Annual report on the lock hospitals of the Madras Presidency
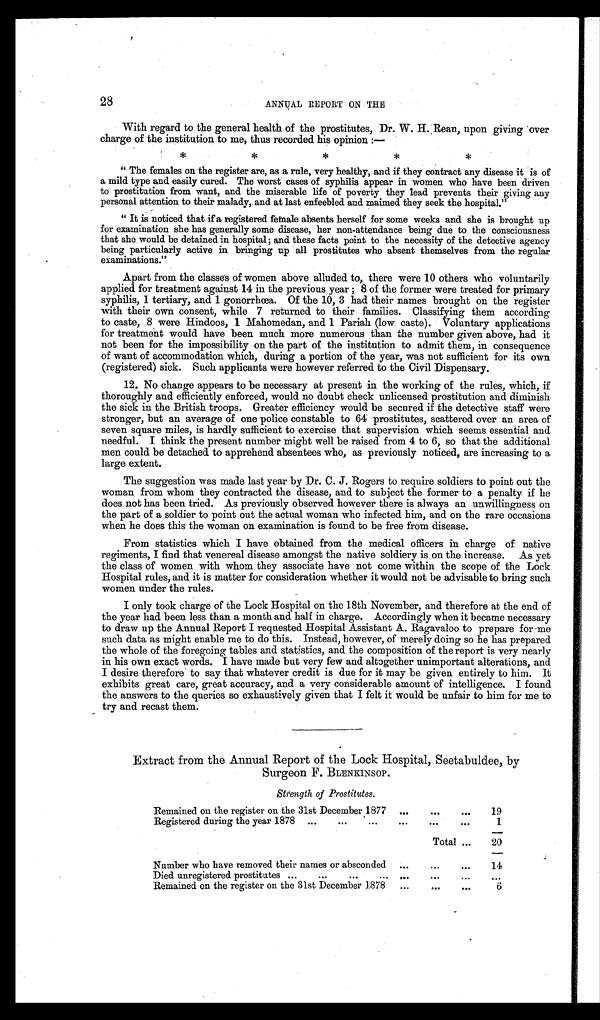
28
ANNUAL REPORT ON THE
With regard to the general health of the prostitutes, Dr. W. H. Rean, upon giving over
charge of the institution to me, thus recorded his opinion:—
*
*
*
*
*
" The females on the register are, as a rule, very healthy, and if they contract any disease it is of
a mild type and easily cured. The worst cases of syphilis appear in women who have been driven
to prostitution from want, and the miserable life of poverty they lead prevents their giving any
personal attention to their malady, and at last enfeebled and maimed they seek the hospital."
" It is noticed that if a registered female absents herself for some weeks and she is brought up
for examination she has generally some disease, her non-attendance being due to the consciousness
that she would be detained in hospital; and these facts point to the necessity of the detective agency
being particularly active in bringing up all prostitutes who absent themselves from the regular
examinations."
Apart from the classes of women above alluded to, there were 10 others who voluntarily
applied for treatment against 14 in the previous year ; 8 of the former were treated for primary
syphilis, 1 tertiary, and 1 gonorrhœa. Of the 10, 3 had their names brought on the register
with their own consent, while 7 returned to their families. Classifying them according
to caste, 8 were Hindoos, 1 Mahomedan, and 1 Pariah (low caste). Voluntary applications
for treatment would have been much more numerous than the number given above, had it
not been for the impossibility on the part of the institution to admit them, in consequence
of want of accommodation which, during a portion of the year, was not sufficient for its own
(registered) sick. Such applicants were however referred to the Civil Dispensary.
12. No change appears to be necessary at present in the working of the rules, which, if
thoroughly and efficiently enforced, would no doubt check unlicensed prostitution and diminish
the sick in the British troops. Greater efficiency would be secured if the detective staff were
stronger, but an average of one police constable to 64 prostitutes, scattered over an area of
seven square miles, is hardly sufficient to exercise that supervision which seems essential and
needful. I think the present number might well be raised from 4 to 6, so that the additional
men could be detached to apprehend absentees who, as previously noticed, are increasing to a
large extent.
The suggestion was made last year by Dr. C. J. Rogers to require soldiers to point out the
woman from whom they contracted the disease, and to subject the former to a penalty if he
does not has been tried. As previously observed however there is always an unwillingness on
the part of a soldier to point out the actual woman who infected him, and on the rare occasions
when he does this the woman on examination is found to be free from disease.
From statistics which I have obtained from the medical officers in charge of native
regiments, I find that venereal disease amongst the native soldiery is on the increase. As yet
the class of women with whom they associate have not come within the scope of the Lock
Hospital rules, and it is matter for consideration whether it would not be advisable to bring such
women under the rules.
I only took charge of the Lock Hospital on the 18th November, and therefore at the end of
the year had been less than a month and half in charge. Accordingly when it became necessary
to draw up the Annual Report I requested Hospital Assistant A. Ragavaloo to prepare for me
such data as might enable me to do this. Instead, however, of merely doing so he has prepared
the whole of the foregoing tables and statistics, and the composition of the report is very nearly
in his own exact words. I have made but very few and altogether unimportant alterations, and
I desire therefore to say that whatever credit is due for it may be given entirely to him. It
exhibits great care, great accuracy, and a very considerable amount of intelligence. I found
the answers to the queries so exhaustively given that I felt it would be unfair to him for me to
try and recast them.
Extract from the Annual Report of the Lock Hospital, Seetabuldee, by
Surgeon F. BLENKINSOP.
Strength of Prostitutes.
Remained on the register on the 31st December 1877
. . .
. . .
. . .
19
Registered during the year 1878 ...
. . .
. . .
. . .
. . .
. . .
1
Total ...
20
Number who have removed their names or absconded ...
. . .
. . .
14
Died unregistered prostitutes ...
. . .
. . .
. . .
...
. . .
Remained on the register on the 31st December 1878 . . .
. . .
. . .
6